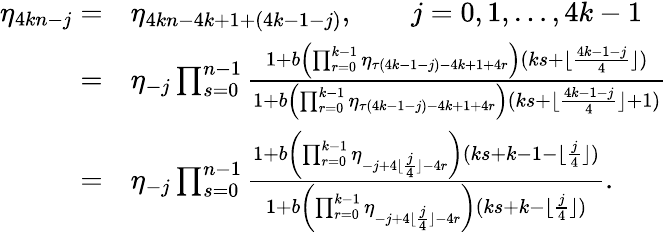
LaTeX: \begin{array}{rl}{\eta_{4kn-j}=}&{\eta_{4kn-4k+1+(4k-1-j)},\qquad j=0,1,\dots,4k-1}\\ {=}&{\eta_{-j}\prod_{s=0}^{n-1}\frac{1+b\left(\prod_{r=0}^{k-1}{\eta_{\tau(4k-1-j)-4k+1+4r}}\right)(ks+\lfloor\frac{4k-1-j}{4}\rfloor)}{1+b\left(\prod_{r=0}^{k-1}{\eta_{\tau(4k-1-j)-4k+1+4r}}\right)(ks+\lfloor\frac{4k-1-j}{4}\rfloor+1)}}\\ {=}&{\eta_{-j}\prod_{s=0}^{n-1}\frac{1+b\left(\prod_{r=0}^{k-1}{\eta_{-j+4\lfloor\frac{j}{4}\rfloor-4r}}\right)(ks+k-1-\lfloor\frac{j}{4}\rfloor)}{1+b\left(\prod_{r=0}^{k-1}{\eta_{-j+4\lfloor\frac{j}{4}\rfloor-4r}}\right)(ks+k-\lfloor\frac{j}{4}\rfloor)}.}\end{array}